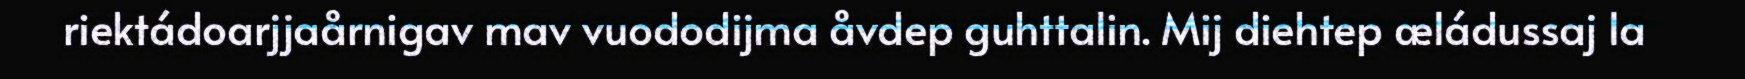
riektádoarjjaårnigav mav vuododijma åvdep guhttalin. Mij diehtep æládussaj la